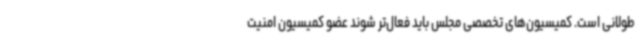
طولانی است. کمیسیون‌های تخصصی مجلس باید فعال‌تر شوند عضو کمیسیون امنیت